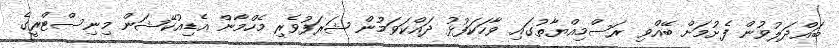
ބައްދަލުވުން ފެށުމަށް ބޭއްވި ރަސްމިއްޔާތުގައި ވާހަކަފުޅު ދައްކަވަމުން ޝަރަފުވެރި މެހްމާން އެޑިއުކޭޝަން މިނިސްޓްރީގެ